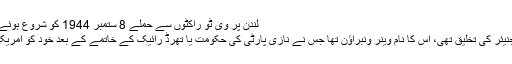
Image caption لندن پر وی ٹُو راکٹوں سے حملے 8 ستمبر 1944 کو شروع ہوئے تھے
وی ٹو جس انتہائی ذہین انجنیئر کی تخلیق تھی، اس کا نام وینر ونبراؤن تھا جس نے نازی پارٹی کی حکومت یا تھرڈ رائیک کے خاتمے کے بعد خود کو امریکیوں کے حوالے کر دیا تھا۔